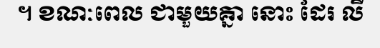
។ ខណៈពេល ជាមួយគ្នា នោះ ដែរ លី